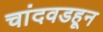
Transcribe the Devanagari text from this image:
चांदवडहून